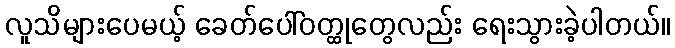
လူသိများပေမယ့် ခေတ်ပေါ်ဝတ္ထုတွေလည်း ရေးသွားခဲ့ပါတယ်။